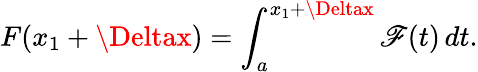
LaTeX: F(x_{1}+\Deltax)=\int_{a}^{x_{1}+\Deltax}\mathscr{F}(t)\, dt.